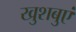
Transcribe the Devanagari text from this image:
खुशबुएं